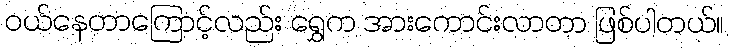
ဝယ်နေတာကြောင့်လည်း ရွှေက အားကောင်းလာတာ ဖြစ်ပါတယ်။